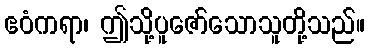
ဧဝံကရာ၊ ဤသို့ပူဇော်သောသူတို့သည်။